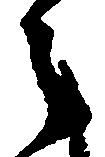
之